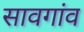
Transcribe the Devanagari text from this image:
सावगांव